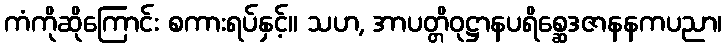
ကံကိုဆိုကြောင်း စကားရပ်နှင့်။ သဟ, အာပတ္တိဝုဋ္ဌာနပရိစ္ဆေဒဇာနနကပညာ၊